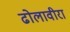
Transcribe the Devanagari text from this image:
ढोलावीरा